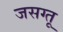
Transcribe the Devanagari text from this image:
जसग्तू